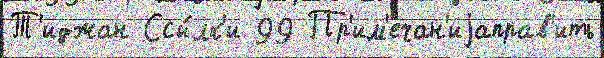
Т'иджан Ссы́лк'и 99 Пр'им'ечан'иjаправ'ить